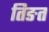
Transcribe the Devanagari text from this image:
तिङत